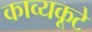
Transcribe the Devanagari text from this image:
काव्यकूटे